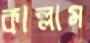
কাল্লাম